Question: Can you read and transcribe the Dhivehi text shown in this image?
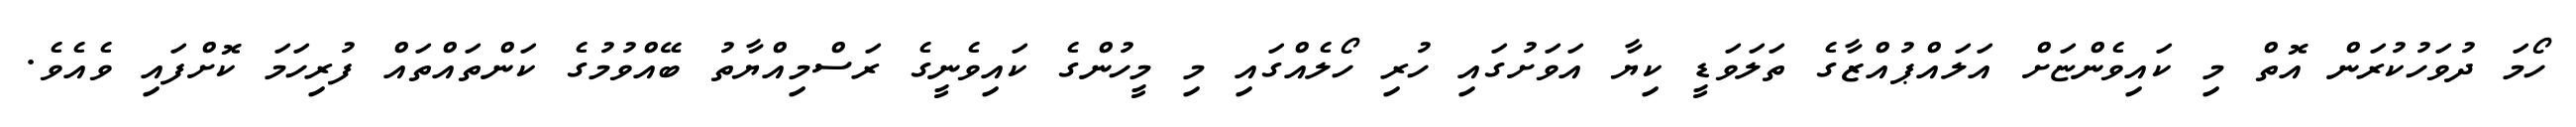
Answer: ހޯމަ ދުވަހުކުރަން އޮތް މި ކައިވެންޏަށް އަލައްޕުއްޒާގެ ތަލަވަޑީ ކިޔާ އަވަށުގައި ހުރި ހޯލެއްގައި މި މީހުންގެ ކައިވެނީގެ ރަސްމިއްޔާތު ބޭއްވުމުގެ ކަންތައްތައް ފުރިހަމަ ކޮށްފައި ވެއެވެ.